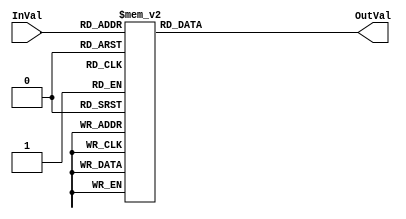
module  hex_driver (
  input      [4:0] InVal,
  output reg [7:0] OutVal
);

always @(InVal)
begin
  case (InVal)
  // TODO: add all the different cases to correspond to the encoding
  //       in Table 2 of the lab assignment
  //up to d15 same as hex digits
  5'd0: OutVal = 8'hC0;
  5'd1: OutVal = 8'hF9;
  5'd2: OutVal = 8'hA4;
  5'd3: OutVal = 8'hB0;
  5'd4: OutVal = 8'h99;
  5'd5: OutVal = 8'h92;
  5'd6: OutVal = 8'h82;
  5'd7: OutVal = 8'hF8;
  5'd8: OutVal = 8'h80;
  5'd9: OutVal = 8'h90;
  5'd10: OutVal = 8'h88;
  5'd11: OutVal = 8'h83;
  5'd12: OutVal = 8'hC6;
  5'd13: OutVal = 8'hA1;
  5'd14: OutVal = 8'h86;
  5'd15: OutVal = 8'h8E;
  //r, o, g respectively
  5'd16: OutVal = 8'hAF;
  5'd17: OutVal = 8'hA3;
  5'd18: OutVal = 8'h90;
  //p, t
  5'd19: OutVal = 8'h8C;
  5'd20: OutVal = 8'h8F;
  
  
  default : OutVal = 8'hFF; // blank
  endcase
end

endmodule